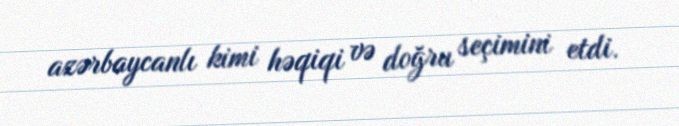
azərbaycanlı kimi həqiqi və doğru seçimini etdi.